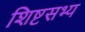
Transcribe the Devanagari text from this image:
शिष्टसभ्य